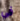
في